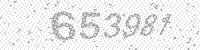
Solution: 653981